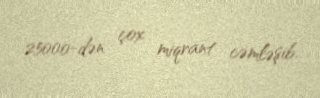
25000-dən çox miqrant cəmləşib.